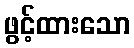
ဖွင့်ထားသော